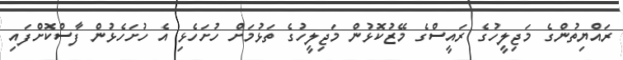
ރައްޔިތުންގެ މަޖިލީހުގެ ރައީސްގެ މޭޒުކޮޅުން މަޖިލީހުގެ ތަޅުމަށް ހުށަހެޅި އެ ހުށަހެޅުން ފާސްކޮށްފައި